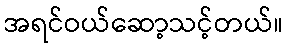
အရင်ဝယ်ဆော့သင့်တယ်။